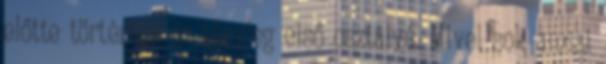
előtte történtek az tényleg első osztályú. Mivel sok amcsi